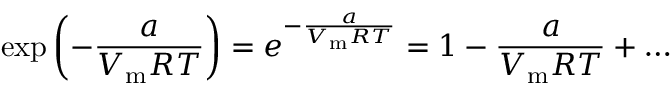
\exp \left( - { \frac { a } { V _ { \mathrm { m } } R T } } \right) = e ^ { - { \frac { a } { V _ { \mathrm { m } } R T } } } = 1 - { \frac { a } { V _ { \mathrm { m } } R T } } + \dots